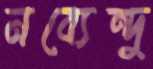
নব্যেন্দু